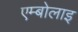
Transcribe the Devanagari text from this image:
एम्बोलाइ